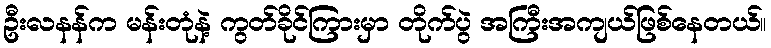
ဦးလနန်က မန်းတုံနဲ့ ကွတ်ခိုင်ကြားမှာ တိုက်ပွဲ အကြီးအကျယ်ဖြစ်နေတယ်။